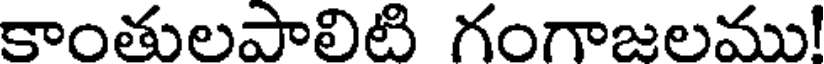
కాంతులపాలిటి గంగాజలము!